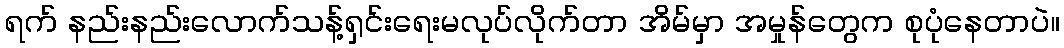
ရက် နည်းနည်းလောက်သန့်ရှင်းရေးမလုပ်လိုက်တာ အိမ်မှာ အမှုန်တွေက စုပုံနေတာပဲ။